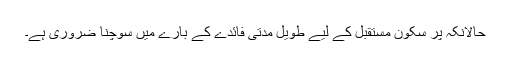
حالانکہ پر سکون مستقبل کے لیے طویل مدتی فائدے کے بارے میں سوچنا ضروری ہے۔